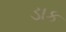
ડાક